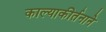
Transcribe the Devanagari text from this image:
काल्याकीर्तनाने